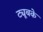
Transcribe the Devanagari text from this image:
ट्यूबके